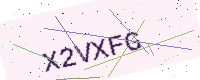
Text: X2VXFG